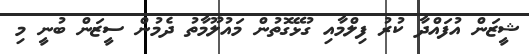
ޝީޒަން އުފައްދާ ކުރު ފިލްމާއި ގުޅޭގޮތުން މައުލޫމާތު ދެމުން ސީޒަން ބުނީ މި